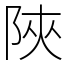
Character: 陜